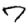
Digit: 7